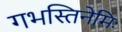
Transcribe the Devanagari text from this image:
गभस्तिनेमिः